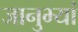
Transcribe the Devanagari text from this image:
जानुभ्यां